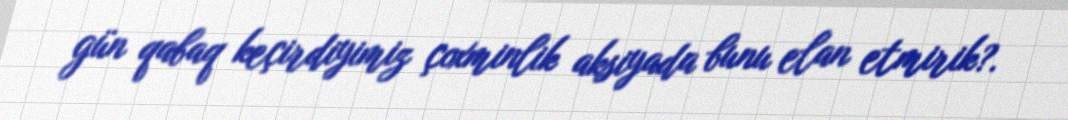
gün qabaq keçirdiyimiz çoxminlik aksiyada bunu elan etmirik?.